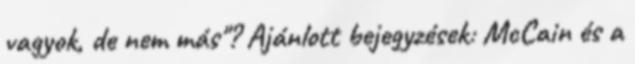
vagyok, de nem más"? Ajánlott bejegyzések: McCain és a